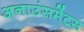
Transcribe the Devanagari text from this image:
अनाउंसमेंट्स